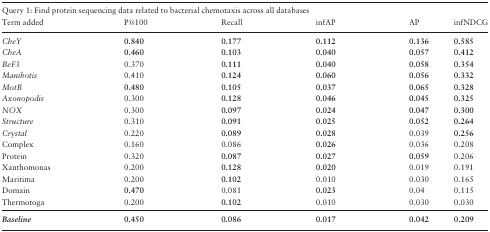
<table><thead><tr><td colspan="4"><b>Query 1: Find protein sequencing data related to bacterial chemotaxis across all databases</b></td><td></td></tr><tr><td><b>Term added</b></td><td><b>P@100</b></td><td><b>Recall</b></td><td><b>infAP</b></td><td><b>AP</b></td><td><b>infNDCG</b></td></tr></thead><tbody><tr><td><i>CheY</i></td><td><b>0.840</b></td><td><b>0.177</b></td><td><b>0.112</b></td><td><b>0.136</b></td><td><b>0.585</b></td></tr><tr><td><i>CheA</i></td><td><b>0.460</b></td><td><b>0.103</b></td><td><b>0.040</b></td><td><b>0.057</b></td><td><b>0.412</b></td></tr><tr><td><i>BeF3</i></td><td>0.370</td><td><b>0.111</b></td><td><b>0.040</b></td><td><b>0.058</b></td><td><b>0.354</b></td></tr><tr><td><i>Manihotis</i></td><td>0.410</td><td><b>0.124</b></td><td><b>0.060</b></td><td><b>0.056</b></td><td><b>0.332</b></td></tr><tr><td><i>MotB</i></td><td><b>0.480</b></td><td><b>0.105</b></td><td><b>0.037</b></td><td><b>0.065</b></td><td><b>0.328</b></td></tr><tr><td><i>Axonopodis</i></td><td>0.300</td><td><b>0.128</b></td><td><b>0.046</b></td><td><b>0.045</b></td><td><b>0.325</b></td></tr><tr><td><i>NOX</i></td><td>0.300</td><td><b>0.097</b></td><td><b>0.024</b></td><td><b>0.047</b></td><td><b>0.300</b></td></tr><tr><td><i>Structure</i></td><td>0.310</td><td><b>0.091</b></td><td><b>0.025</b></td><td><b>0.052</b></td><td><b>0.264</b></td></tr><tr><td><i>Crystal</i></td><td>0.220</td><td><b>0.089</b></td><td><b>0.028</b></td><td>0.039</td><td><b>0.256</b></td></tr><tr><td>Complex</td><td>0.160</td><td>0.086</td><td><b>0.026</b></td><td>0.036</td><td>0.208</td></tr><tr><td>Protein</td><td>0.320</td><td><b>0.087</b></td><td><b>0.027</b></td><td><b>0.059</b></td><td>0.206</td></tr><tr><td>Xanthomonas</td><td>0.200</td><td><b>0.128</b></td><td><b>0.020</b></td><td>0.019</td><td>0.191</td></tr><tr><td>Maritima</td><td>0.200</td><td><b>0.102</b></td><td>0.010</td><td>0.030</td><td>0.165</td></tr><tr><td>Domain</td><td><b>0.470</b></td><td>0.081</td><td><b>0.023</b></td><td>0.04</td><td>0.115</td></tr><tr><td>Thermotoga</td><td>0.200</td><td><b>0.102</b></td><td>0.010</td><td>0.030</td><td>0.030</td></tr><tr><td><b><i>Baseline</i></b></td><td><b>0.450</b></td><td><b>0.086</b></td><td><b>0.017</b></td><td><b>0.042</b></td><td><b>0.209</b></td></tr></tbody></table>